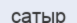
сатыр